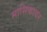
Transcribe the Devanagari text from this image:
मासिकावर